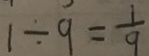
1 \div 9 = \frac { 1 } { 9 }